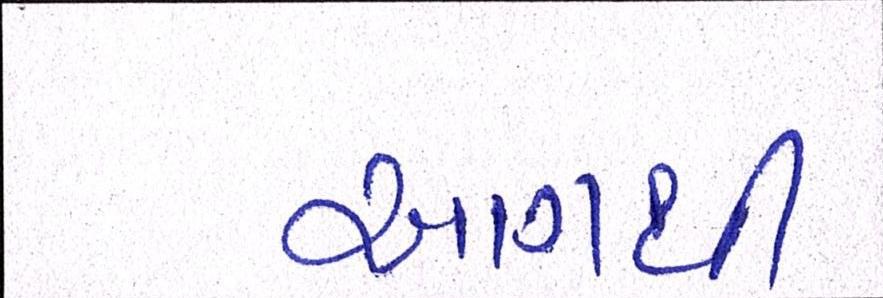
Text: આગથી